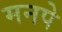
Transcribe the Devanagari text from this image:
मनपे